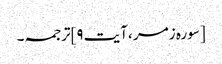
[سورہ زمر ،آیت ۹]ترجمہ۔